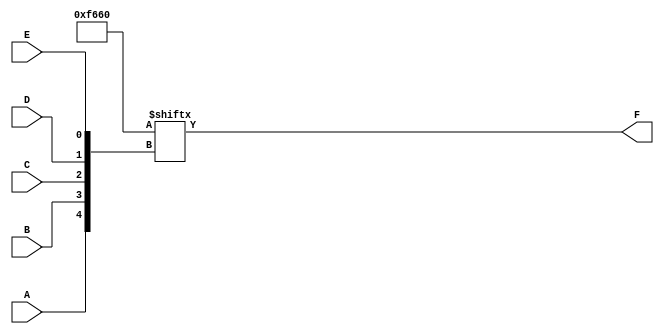
module five_variable_kmap (
    input wire A, // Input variable A
    input wire B, // Input variable B
    input wire C, // Input variable C
    input wire D, // Input variable D
    input wire E, // Input variable E
    output wire F // Output variable F
);

// K-map output initialization based on the desired logic function
// This is a 32-cell K-map for 5 variables (A, B, C, D, E)
// The output values can be set according to the specific logic function you want to implement.
// For demonstration, I will use a sample output pattern.
wire [31:0] kmap;

// Example K-map values (you can modify these values based on your requirements)
assign kmap[0]  = 0; // A'B'C'D'E'
assign kmap[1]  = 0; // A'B'C'D'E
assign kmap[2]  = 0; // A'B'C'DE'
assign kmap[3]  = 0; // A'B'C'DE
assign kmap[4]  = 0; // A'B'CD'E'
assign kmap[5]  = 1; // A'B'CD'E
assign kmap[6]  = 1; // A'B'CD'E
assign kmap[7]  = 0; // A'B'CD
assign kmap[8]  = 0; // A'BC'D'E'
assign kmap[9]  = 1; // A'BC'D'E
assign kmap[10] = 1; // A'BC'DE
assign kmap[11] = 0; // A'BC'DE'
assign kmap[12] = 1; // A'BCD'E'
assign kmap[13] = 1; // A'BCD'E
assign kmap[14] = 1; // A'BCDE'
assign kmap[15] = 1; // A'BCDE
assign kmap[16] = 0; // AB'C'D'E'
assign kmap[17] = 0; // AB'C'D'E
assign kmap[18] = 0; // AB'C'DE'
assign kmap[19] = 0; // AB'C'DE
assign kmap[20] = 0; // AB'CD'E'
assign kmap[21] = 0; // AB'CD'E
assign kmap[22] = 0; // AB'CD
assign kmap[23] = 0; // AB'CD
assign kmap[24] = 0; // ABC'D'E'
assign kmap[25] = 0; // ABC'D'E
assign kmap[26] = 0; // ABC'DE'
assign kmap[27] = 0; // ABC'DE
assign kmap[28] = 0; // ABCD'E'
assign kmap[29] = 0; // ABCD'E
assign kmap[30] = 0; // ABCDE'
assign kmap[31] = 0; // ABCDE

// Output logic based on the K-map
assign F = kmap[{A, B, C, D, E}];

endmodule